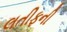
લતીફની